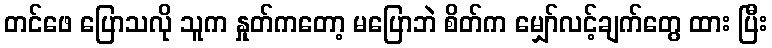
တင်ဖေ ပြောသလို သူက နှုတ်ကတော့ မပြောဘဲ စိတ်က မျှော်လင့်ချက်တွေ ထား ပြီး